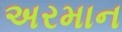
અરમાન